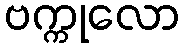
ဗက္ကုလော